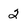
Character: 2